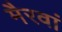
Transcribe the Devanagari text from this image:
मैरवां